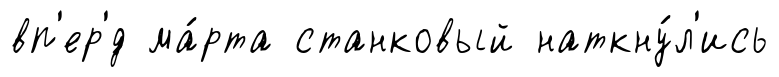
вп'ер'́д ма́рта станковый наткну́л'ись